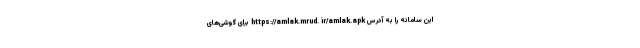
این سامانه را به آدرس https://amlak.mrud. ir/amlak.apk برای گوشی‌های